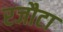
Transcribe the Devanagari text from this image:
रजौटा